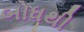
બોધથી